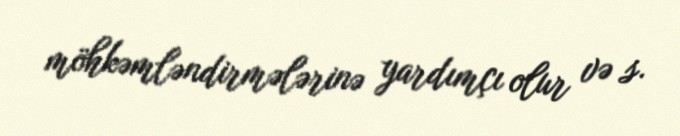
möhkəmləndirmələrinə yardımçı olur və s.